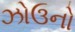
ઝોઉનો